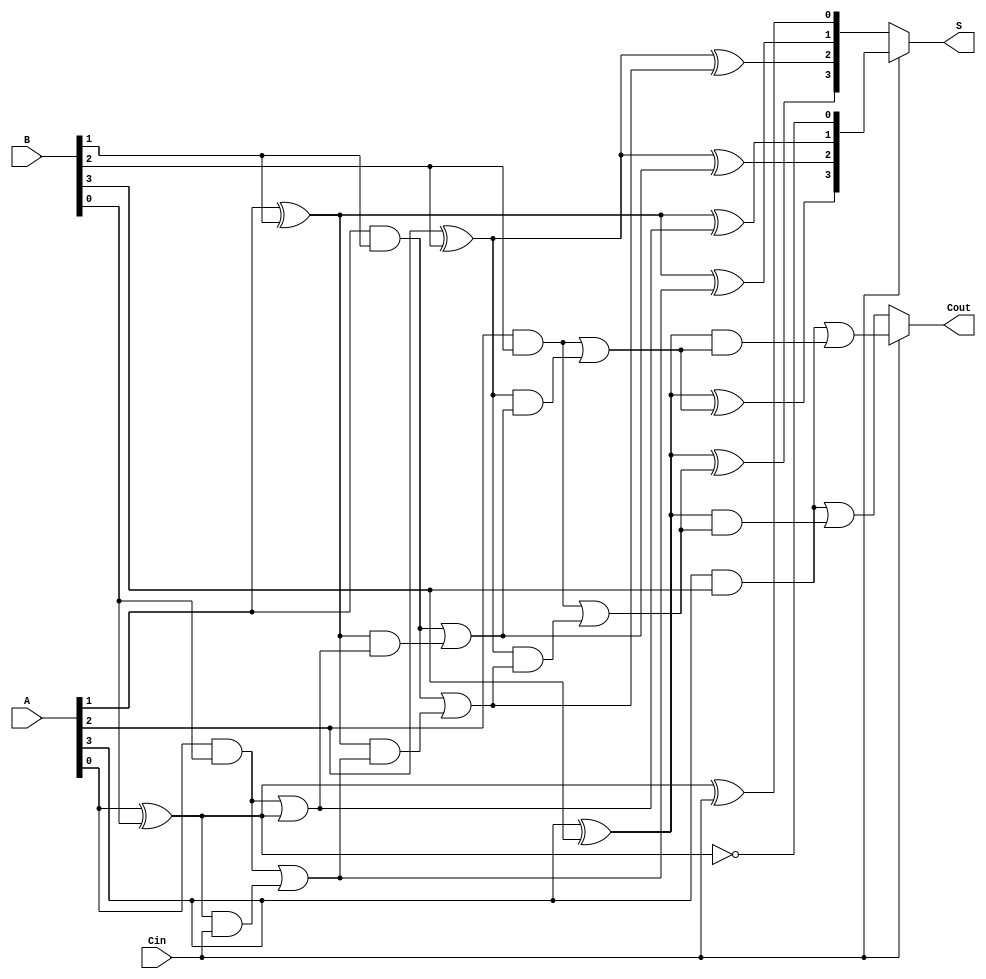
module ConditionalSumAdder #(parameter N = 4) (
    input  [N-1:0] A,      // First n-bit input
    input  [N-1:0] B,      // Second n-bit input
    input         Cin,      // Carry-in
    output [N-1:0] S,      // n-bit sum output
    output        Cout      // Carry-out
);

    wire [N-1:0] S0;       // Sum when Cin = 0
    wire [N-1:0] S1;       // Sum when Cin = 1
    wire [N-1:0] C0;       // Carry when Cin = 0
    wire [N-1:0] C1;       // Carry when Cin = 1

    genvar i;
    generate
        for (i = 0; i < N; i = i + 1) begin : CSA_BIT
            // Compute S0 and C0 for Cin = 0
            assign S0[i] = A[i] ^ B[i] ^ (i == 0 ? Cin : C0[i-1]);
            assign C0[i] = (A[i] & B[i]) | ((A[i] ^ B[i]) & (i == 0 ? Cin : C0[i-1]));

            // Compute S1 and C1 for Cin = 1
            assign S1[i] = A[i] ^ B[i] ^ (i == 0 ? 1'b1 : C1[i-1]);
            assign C1[i] = (A[i] & B[i]) | ((A[i] ^ B[i]) & (i == 0 ? 1'b1 : C1[i-1]));
        end
    endgenerate

    // Select the sum based on Cin
    assign S = Cin ? S1 : S0;

    // Compute Cout based on the last carry outputs
    assign Cout = Cin ? C1[N-1] : C0[N-1];

endmodule